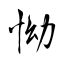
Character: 怮